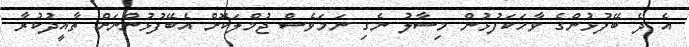
އެ ދެ ބޭފުޅުންގެ ވާހަކަފުޅުން މިސާލު ނެގި ނަމަވެސް ޖުމްލަކޮށް އެބޭފުޅުންނަށް ތާއީދުކުރާ